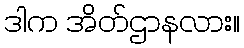
ဒါက အိတ်ဌာနလား။